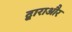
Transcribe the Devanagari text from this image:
द्वाराऔर